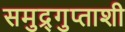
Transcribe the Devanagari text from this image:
समुद्र्गुप्ताशी